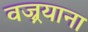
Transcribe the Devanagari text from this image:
वज्र्रयाना